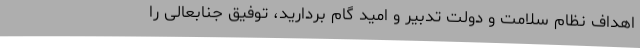
اهداف نظام سلامت و دولت تدبیر و امید گام بردارید، توفیق جنابعالی را